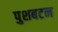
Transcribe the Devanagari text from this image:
पुशबटन